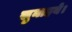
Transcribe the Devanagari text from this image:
सुनाइये।